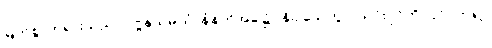
မြတ်စွာဘုရားသည်။ ပုဗ္ဗနှသမယံ၊ နံနက်အခါ၌။ နိဝါသေတွာ၊ သင်းပိုင်ကို ပြင်ဝတ်၍။